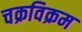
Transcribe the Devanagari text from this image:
चक्रविक्रम